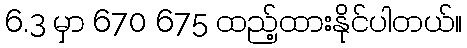
6.3 မှာ 670 675 ထည့်ထားနိုင်ပါတယ်။